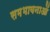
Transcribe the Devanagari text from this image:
समभावनाओं